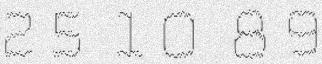
25 10 89